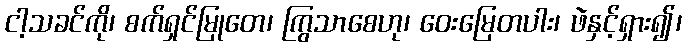
ငါ့သခင်ကို၊ စက်ရှင်မြုတေ၊ ကြွသာစေဟု၊ ဝေးမြေတပါး၊ ဖဲနှင့်ရှား၍၊